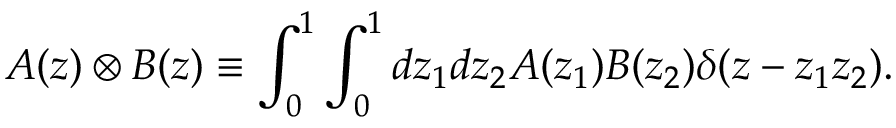
A ( z ) \otimes B ( z ) \equiv \int _ { 0 } ^ { 1 } \int _ { 0 } ^ { 1 } d z _ { 1 } d z _ { 2 } A ( z _ { 1 } ) B ( z _ { 2 } ) \delta ( z - z _ { 1 } z _ { 2 } ) .